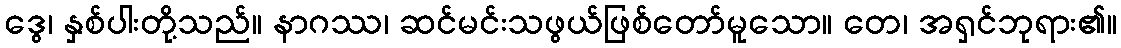
ဒွေ၊ နှစ်ပါးတို့သည်။ နာဂဿ၊ ဆင်မင်းသဖွယ်ဖြစ်တော်မူသော။ တေ၊ အရှင်ဘုရား၏။